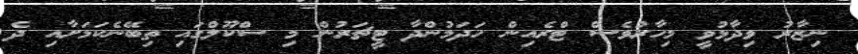
ނިޒާރު ވިދާޅުވީ މިހާރުވެސް ޓްރެއިން ހަދަމުންދާ ޓީޗަރުން މި ސްކޫލްގައި ތިބޭނެކަމަށާއި ދެ